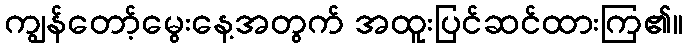
ကျွန်တော့်မွေးနေ့အတွက် အထူးပြင်ဆင်ထားကြ၏။